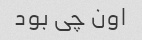
اون چی بود